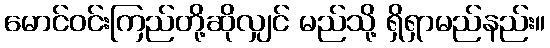
မောင်ဝင်းကြည်တို့ဆိုလျှင် မည်သို့ ရှိရှာမည်နည်း။